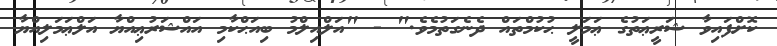
ކޮށްފައިވާ ޝަރީޢަތުގެ ޢަމަލީ ޙުކުމްތައް ދެނެގަތުމެވެ." - "އަލްއިލްމު ބިއަޙްކާމި އައްޝަރުޢިއްޔާ އަލްޢަމަލިއްޔާ